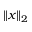
\| { \boldsymbol { x } } \| _ { 2 }